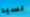
لسيد